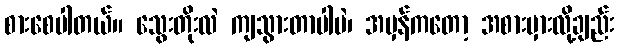
စားစေပါတယ်။ သွေးတိုးလဲ ကျသွားတာပါပဲ၊ အမှန်ကတော့ အစားမှားလို့ချည်း